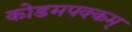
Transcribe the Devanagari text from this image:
कोडमपक्कम्